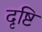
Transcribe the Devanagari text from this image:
दृष्टि